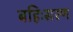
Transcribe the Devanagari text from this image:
बहिःसरण